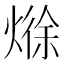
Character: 𪹘